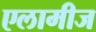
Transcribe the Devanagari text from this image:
एलामीज